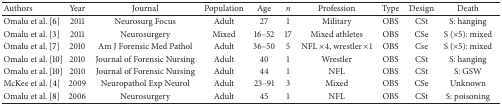
<table><thead><tr><td><b>Authors</b></td><td><b>Year</b></td><td><b>Journal</b></td><td><b>Population</b></td><td><b>Age </b></td><td><b><i>n </i></b></td><td><b>Profession</b></td><td><b>Type</b></td><td><b>Design</b></td><td><b>Death</b></td></tr></thead><tbody><tr><td>Omalu et al. [6]</td><td>2011</td><td>Neurosurg Focus</td><td>Adult</td><td>27</td><td>1</td><td>Military</td><td>OBS</td><td>CSt</td><td>S: hanging</td></tr><tr><td>Omalu et al. [3]</td><td>2011</td><td>Neurosurgery</td><td>Mixed</td><td>16–52</td><td>17</td><td>Mixed athletes</td><td>OBS</td><td>CSe</td><td>S (×5): mixed</td></tr><tr><td>Omalu et al. [7]</td><td>2010</td><td>Am J Forensic Med Pathol</td><td>Adult</td><td>36–50</td><td>5</td><td>NFL ×4, wrestler ×1</td><td>OBS</td><td>Cse</td><td>S (×5): mixed</td></tr><tr><td>Omalu et al. [10]</td><td>2010</td><td>Journal of Forensic Nursing</td><td>Adult</td><td>40</td><td>1</td><td>Wrestler</td><td>OBS</td><td>CSt</td><td>S: hanging</td></tr><tr><td>Omalu et al. [10]</td><td>2010</td><td>Journal of Forensic Nursing</td><td>Adult</td><td>44</td><td>1</td><td>NFL</td><td>OBS</td><td>CSt</td><td>S: GSW</td></tr><tr><td>McKee et al. [4]</td><td>2009</td><td>Neuropathol Exp Neurol</td><td>Adult</td><td>23–91</td><td>3</td><td>Mixed</td><td>OBS</td><td>CSe</td><td>Unknown</td></tr><tr><td>Omalu et al. [8]</td><td>2006</td><td>Neurosurgery</td><td>Adult</td><td>45</td><td>1</td><td>NFL</td><td>OBS</td><td>CSt</td><td>S: poisoning</td></tr></tbody></table>